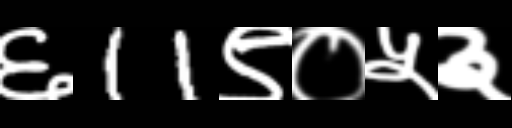
Text: ६11९०५३